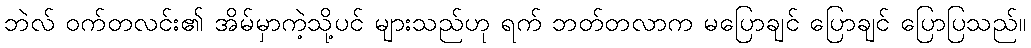
ဘဲလ် ဝက်တလင်း၏ အိမ်မှာကဲ့သို့ပင် များသည်ဟု ရက် ဘတ်တလာက မပြောချင် ပြောချင် ပြောပြသည်။